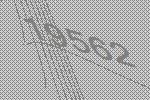
19562